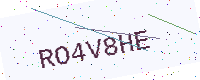
Text: RO4V8HE